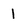
Character: 1